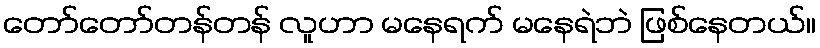
တော်တော်တန်တန် လူဟာ မနေရက် မနေရဲဘဲ ဖြစ်နေတယ်။